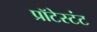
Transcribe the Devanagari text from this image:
प्रॉटेस्टंट